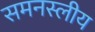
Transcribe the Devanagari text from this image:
समनस्लीय